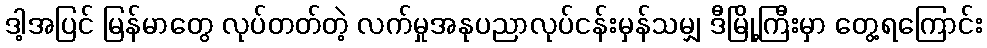
ဒါ့အပြင် မြန်မာတွေ လုပ်တတ်တဲ့ လက်မှုအနုပညာလုပ်ငန်းမှန်သမျှ ဒီမြို့ကြီးမှာ တွေ့ရကြောင်း